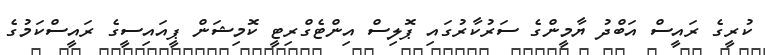
ކުރީގެ ރައީސް އަބްދު ޔާމީންގެ ސަރުކާރުގައި ޕޮލިސް އިންޓެގްރިޓީ ކޮމިޝަން ޕީއައިސީގެ ރައީސްކަމުގެ